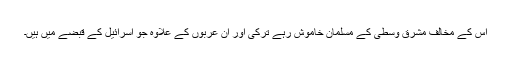
اس کے مخالف مشرق وسطی کے مسلمان خاموش رہے ترکی اور ان عربوں کے علاوہ جو اسرائیل کے قبضے میں ہیں۔